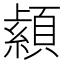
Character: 𦅐